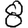
Digit: 8